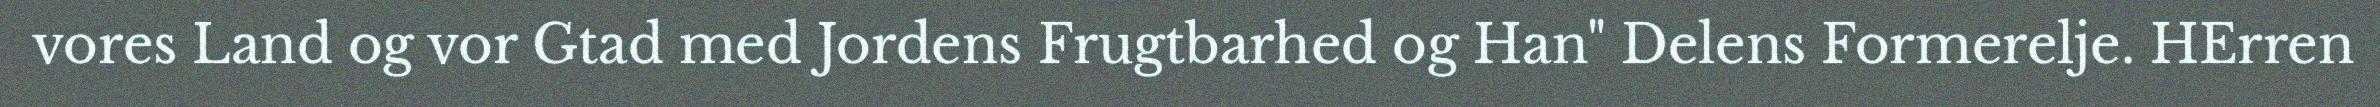
vores Land og vor Gtad med Jordens Frugtbarhed og Han" Delens Formerelje. HErren